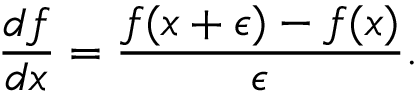
{ \frac { d f } { d x } } = { \frac { f ( x + \epsilon ) - f ( x ) } { \epsilon } } .